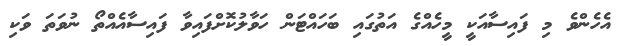
އެހެންވެ މި ފައިސާއަކީ މީހެއްގެ އަތުގައި ބަހައްޓަން ހަވާލުކޮށްފައިވާ ފައިސާއެއްތޯ ނުވަތަ ވަކި